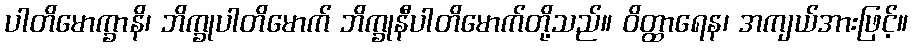
ပါတိမောက္ခာနိ၊ ဘိက္ခုပါတိမောက် ဘိက္ခုနီပါတိမောက်တို့သည်။ ဝိတ္ထာရေန၊ အကျယ်အားဖြင့်။